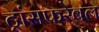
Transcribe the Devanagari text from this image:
ट्रांसफरेबल